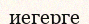
иегерге